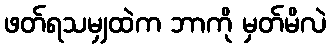
ဖတ်ရသမျှထဲက ဘာကို မှတ်မိလဲ